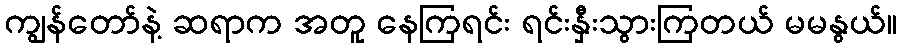
ကျွန်တော်နဲ့ ဆရာက အတူ နေကြရင်း ရင်းနှီးသွားကြတယ် မမနွယ်။